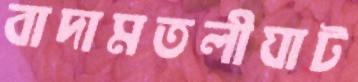
বাদামতলীঘাট